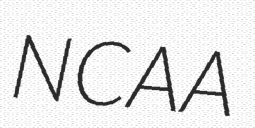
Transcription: NCAA